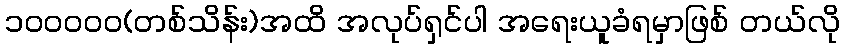
၁၀၀၀၀၀(တစ်သိန်း)အထိ အလုပ်ရှင်ပါ အရေးယူခံရမှာဖြစ် တယ်လို